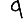
Digit: 9